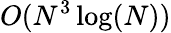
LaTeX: O(N^{3}\log(N))